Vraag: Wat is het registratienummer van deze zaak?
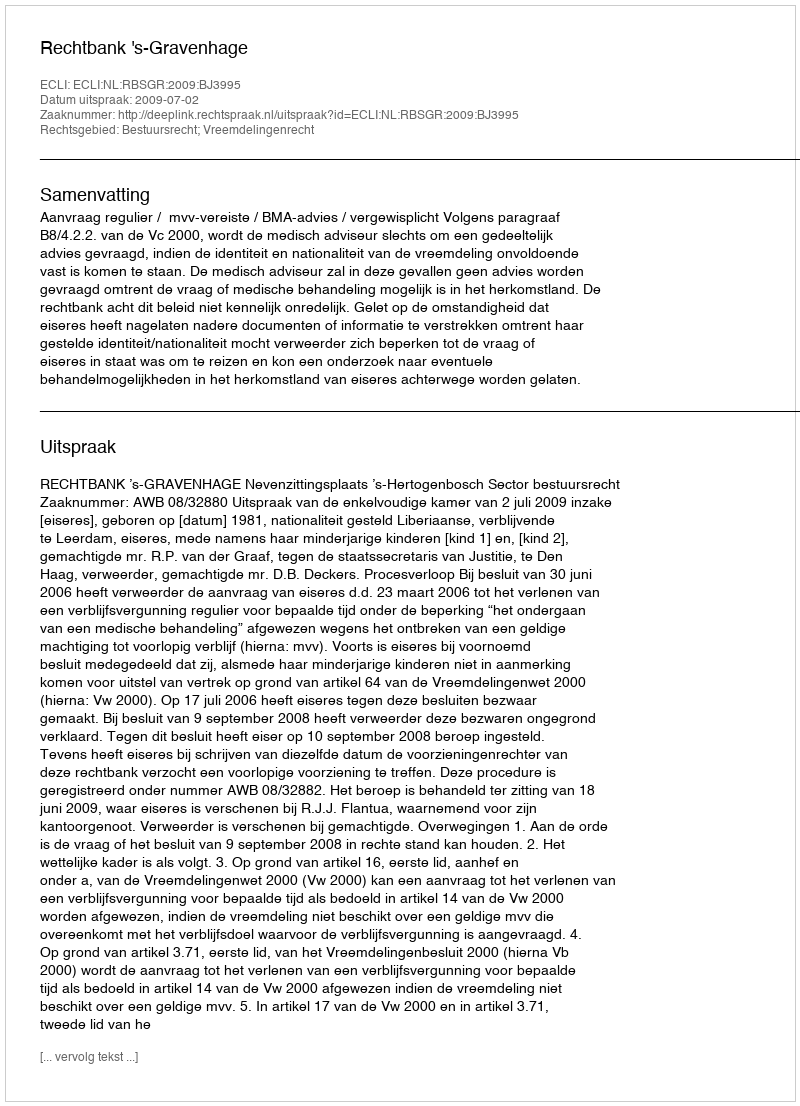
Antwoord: http://deeplink.rechtspraak.nl/uitspraak?id=ECLI:NL:RBSGR:2009:BJ3995